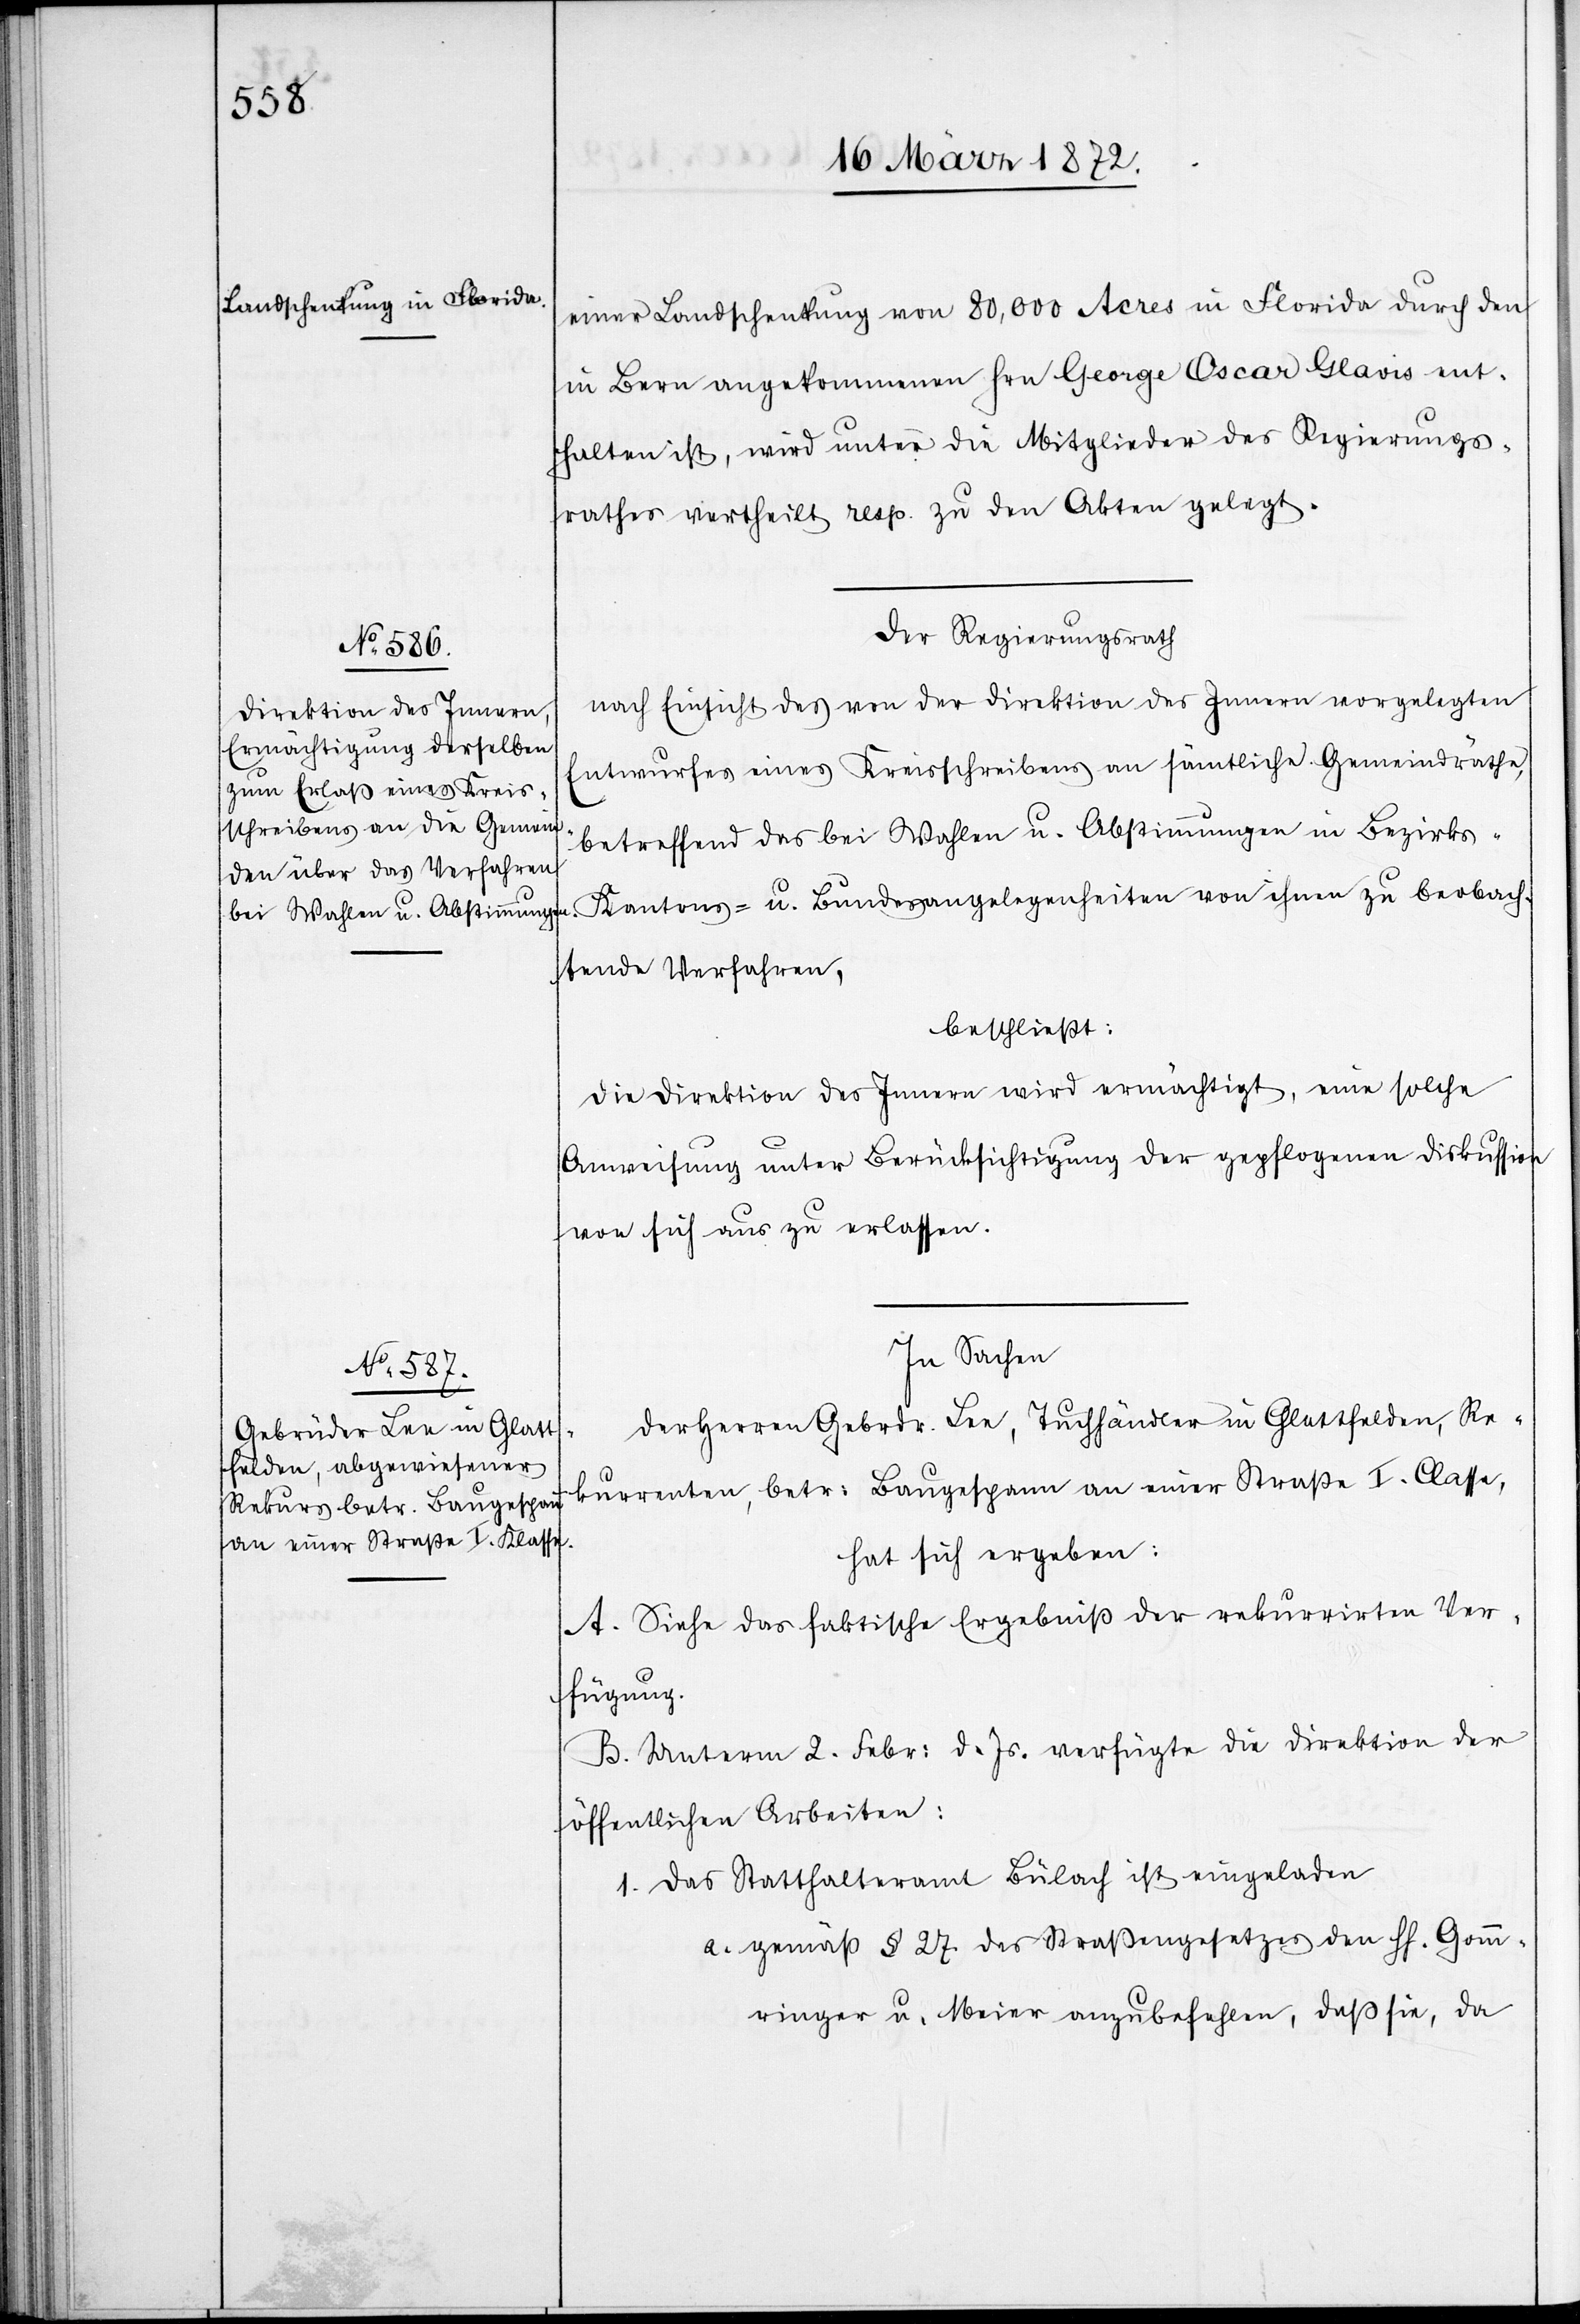
einer Landschenkung von 80,000 Acres in Florida durch den
in Bern angekommenen Hrn. George Oscar Glavis ent¬
halten ist, wird unter die Mitglieder des Regierungs¬
rathes vertheilt resp. zu den Akten gelegt.
Der Regierungsrath
nach Einsicht des von der Direktion des Innern vorgelegten
Entwurfes eines Kreisschreibens an sämtliche Gemeindräthe,
betreffend das bei Wahlen u. Abstimmungen in Bezirks-[,]
Kantons- u. Bundesangelegenheiten von ihnen zu beobach¬
tende Verfahren,
beschließt:
die Direktion des Innern wird ermächtigt, eine solche
Anweisung unter Berücksichtigung der gepflogenen Diskussion
von sich aus zu erlassen.
In Sachen
der Herren Gebrdr. Lee, Tuchhändler in Glattfelden, Re¬
kurrenten, betr: Baugespann an einer Straße I. Classe,
hat sich ergeben:
A. Siehe das faktische Ergebniß der rekurrirten Ver¬
fügung.
B. Unterm 2. Febr: d. Js. verfügte die Direktion der
öffentlichen Arbeiten:
1. Das Statthalteramt Bülach ist eingeladen
a. gemäß § 27 des Straßengesetzes den HH. Gomm¬
ringer u. Meier anzubefehlen, daß sie, da